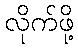
လိုက်ဖို့